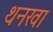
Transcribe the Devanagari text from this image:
थनखा